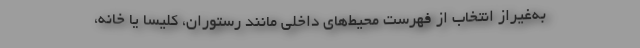
به‌غیراز انتخاب از فهرست محیط‌های داخلی مانند رستوران، کلیسا یا خانه،